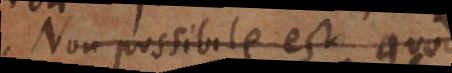
Non possibile est quod